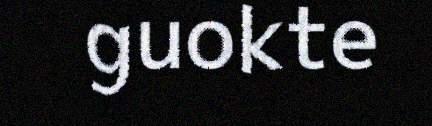
guokte